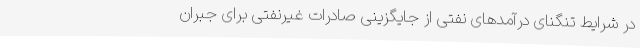
در شرایط تنگنای درآمدهای نفتی از جایگزینی صادرات غیرنفتی برای جبران